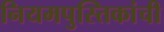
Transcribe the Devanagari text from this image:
नियमपुस्तिकांची